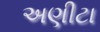
અણીટા